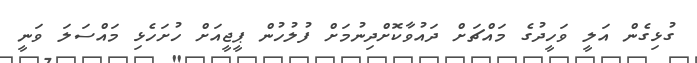
ގުޅިގެން އަލީ ވަހީދުގެ މައްޗަށް ދައުވާކޮށްދިނުމަށް ފުލުހުން ޕީޖީއަށް ހުށަހެޅި މައްސަލަ ވަނީ